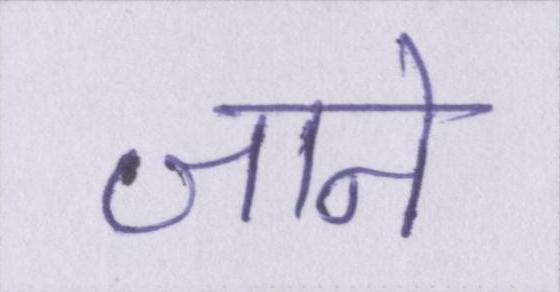
जाने